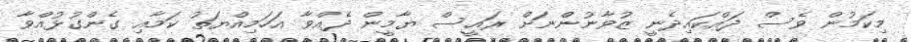
މިކަމުން ވެސް ދައްކައިދެނީ ޒުވާނުންނަށް ރައީސް ޔާމީން ދެއްވާ އަހަމިއްޔަތު ކަމާއި ގެންގުޅުއްވާ